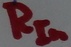
Text: RIn